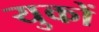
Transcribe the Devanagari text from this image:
युकों